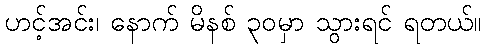
ဟင့်အင်း၊ နောက် မိနစ် ၃၀မှာ သွားရင် ရတယ်။